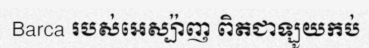
Barca របស់អេស្ប៉ាញ ពិតជាឡូយកប់